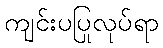
ကျင်းပပြုလုပ်ရာ